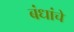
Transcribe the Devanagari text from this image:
बंधांचे